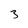
Character: 3